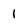
Character: 1